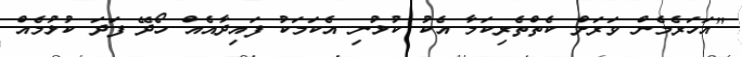
"އަހަރެމެން ވަރަށް ކެތްތެރިކަމާ އެކު ކުޅުނި އެކަމަކު ފައިދާއެއް ހޯދޭ ފަދަ ކުޅުމެއް